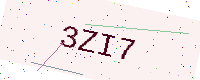
Text: 3ZI7